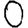
Digit: 0